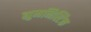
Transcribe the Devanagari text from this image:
ह्युमनिस्टिक